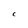
Character: C